Annual report of the Punjab Veterinary College and of the Civil Veterinary Department, Punjab - 1894-1908
Year: 1894
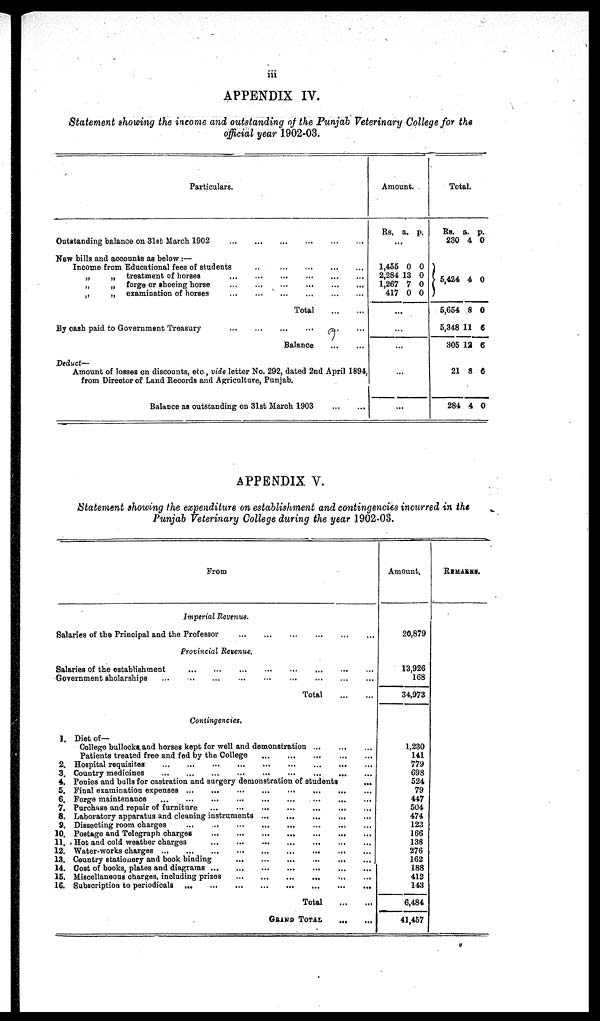
iii
APPENDIX IV.
Statement showing the income and outstanding of the Punjab Veterinary College for the
official year 1902-03.
Particulars.
Outstanding balance on 31st March 1902... ... ... ... ... ...
New bills and accounts as below :—
Income from Educational fees of students... ... ... ... ... ...
„
„ treatment of horses... ... ... ... ... ...
„
„
forge or shoeing horse... ... ... ... ... ...
„
„ examination of horses... ... ... ... ... ...
Total ... ...
By cash paid to Government Treasury... ... ... ... ... ...
Balance ... ...
Deduct—
Amount of losses on discounts, etc ., vide letter No. 292, dated 2nd April 1894.
from Director of Land Records and Agriculture, Punjab.
Balance as outstanding on 31st March 1903 ... ...
Amount.
Rs. a. p.
...
1,455
2,284
1,267
417
0
13
7
0
0
0
0
0
...
...
...
...
...
Total.
Rs.
280
5424
5,654
5,348
305
21
284
a.
4
4
8
11
12
8
4
p.
0
0
0
6
6
6
0
APPENDIX V.
Statement showing the expenditure on establishment and contingencies incurred in the
Punjab Veterinary College during the year 1902-03.
From
Imperial Revenue.
Salaries of the Principal and the Professor … … … … … … … … … …
Provincial Revenue.
Salaries of the establishment
…
…
…
…
…
…
…
…
…
…
Government sholarships
…
…
…
…
…
…
…
…
…
…
Total … …
Contingencies,
I. Diet of—
College bullocks and horses kept for well and demonstration
…
…
…
Patients treated free and fed by the College
…
…
…
…
…
2. Hospital requisites … … … … … … … … … …
3. Country medicines
…
…
…
…
…
…
…
…
…
…
4. Ponies and bulls for castration and surgery demonstration of students
5. Final examination expenses … … … … … … … … … …
6. Forge maintenance … … … … … … … … … …
7. Purchase and repair of furniture
...
... … … … … …
8. Laboratory apparatus and cleaning instruments … … … … …
9. Dissecting room charges … … … … … … … … … …
10. Postage and Telegraph charges … … … … … … … … … …
11. Hot and cold weather charges … … … … … … … … … …
12. Water-works charges
…
…
…
…
…
…
…
…
…
…
13. Country stationery and book binding
…
…
…
…
…
...
14. Cost of books, plates and diagrams … … … … … … … … … …
15. Miscellaneous charges, including prizes … … … … … … … … … …
16. Subscription to periodicals … … … … … … … … … …
Total
…
…
GRAND TOTAL … …
Amount.
20,879
13,926
168
34,973
1,230
141
779
698
524
79
447
504
474
123
166
138
276
162
188
412
143
6,484
41,457
REMARKS.